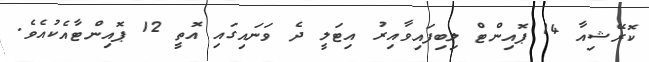
ކޮރޭޝިއާ 14 ޕޮއިންޓް ލިބިފައިވާއިރު އިޓަލީ ދެ ވަނައިގައި އޮތީ 12 ޕޮއިންޓާއެކުއެވެ.